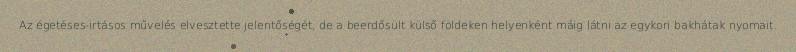
Az égetéses-irtásos művelés elvesztette jelentőségét, de a beerdősült külső földeken helyenként máig látni az egykori bakhátak nyomait.